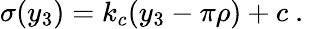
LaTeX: \sigma(y_{3})=k_{c}(y_{3}-\pi\rho)+c~.~\,